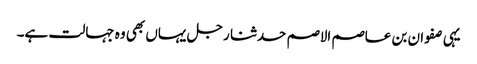
یہی صفوان بن عاصم الاصم حدثنا رجل یہاں بھی وہ جہالت ہے۔